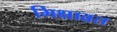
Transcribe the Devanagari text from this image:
भिक्षाव्रत